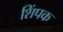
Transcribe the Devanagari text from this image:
शिंपक